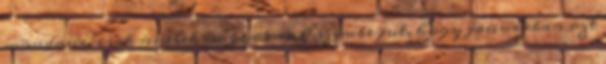
mondani, csak nyelek nagyokat. Eszembe jut, hogy januárban azt